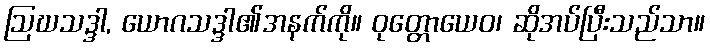
ဩဃသဒ္ဒါ, ယောဂသဒ္ဒါ၏အနက်ကို။ ဝုတ္တောယေဝ၊ ဆိုအပ်ပြီးသည်သာ။